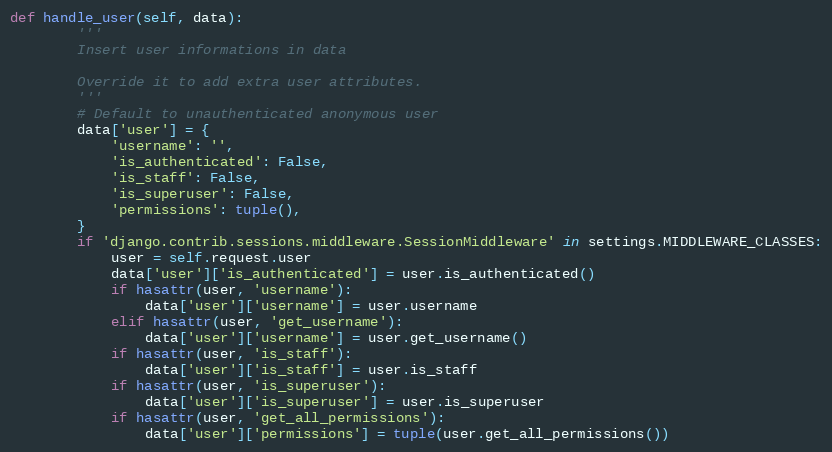
Language: Python
def handle_user(self, data):
        '''
        Insert user informations in data

        Override it to add extra user attributes.
        '''
        # Default to unauthenticated anonymous user
        data['user'] = {
            'username': '',
            'is_authenticated': False,
            'is_staff': False,
            'is_superuser': False,
            'permissions': tuple(),
        }
        if 'django.contrib.sessions.middleware.SessionMiddleware' in settings.MIDDLEWARE_CLASSES:
            user = self.request.user
            data['user']['is_authenticated'] = user.is_authenticated()
            if hasattr(user, 'username'):
                data['user']['username'] = user.username
            elif hasattr(user, 'get_username'):
                data['user']['username'] = user.get_username()
            if hasattr(user, 'is_staff'):
                data['user']['is_staff'] = user.is_staff
            if hasattr(user, 'is_superuser'):
                data['user']['is_superuser'] = user.is_superuser
            if hasattr(user, 'get_all_permissions'):
                data['user']['permissions'] = tuple(user.get_all_permissions())